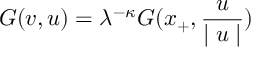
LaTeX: G ( v , u ) = \lambda ^ { - \kappa } G ( x _ { + } , \frac { u } { \mid u \mid } )